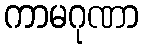
ကာမဂုဏာ